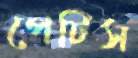
পেটিস